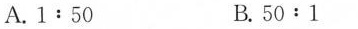
A.1:50 B.50:1